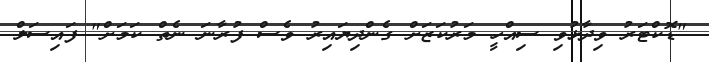
"ޑޮކްޓަރު ވިދާޅުވި ސިއްހީ މަރުކަޒަށް ގެންދިޔައިރު ވެސް ފުރާނަ ނެތް ކަމަށް" ފައިސަލް